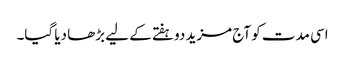
اسی مدت کو آج مزید دوہفتے کے لیے بڑھا دیا گیا۔